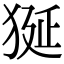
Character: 狿